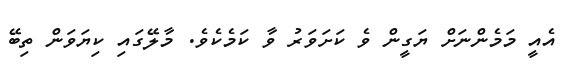
އެއީ މަމެންނަށް ޔަގީން ވެ ކަށަވަރު ވާ ކަމެކެވެ. މާލޭގައި ކިޔަވަން ތިބޭ